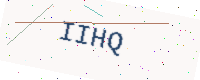
Text: IIHQ